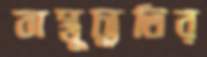
বাস্তুচ্যুতির